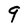
Character: 9